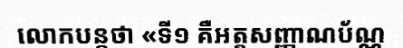
លោកបន្តថា «ទី១ គឺអត្តសញ្ញាណប័ណ្ណ